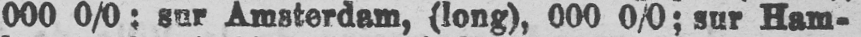
000 0/0; sur Amsterdam, (long), 000 0/0; sur Ham-